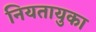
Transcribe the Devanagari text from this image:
नियतायुका